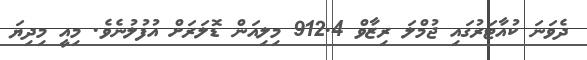
ދެވަނަ ކުއާޓަރުގައި ޖުމްލަ ރިޒާވް 912.4 މިލިއަން ޑޮލަރަށް އުފުލުނެވެ. މިއީ މިދިޔަ